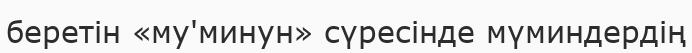
беретін «му'минун» сүресінде мүминдердің